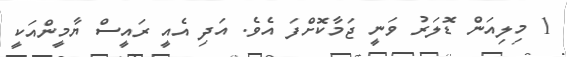
1 މިލިއަން ޑޮލަރު ވަނީ ޖަމާކޮށްފަ އެވެ. އަދި އެއީ ރައީސް ޔާމީންއަކީ